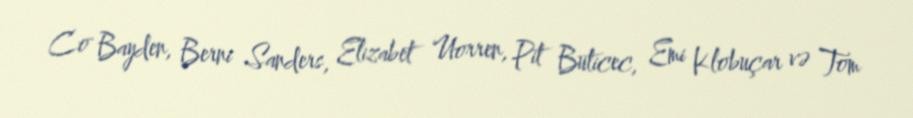
Co Bayden, Berni Sanders, Elizabet Uorren, Pit Buticec, Emi Klobuçar və Tom